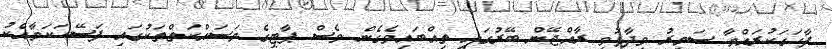
ފާހަގަކުރައްވާ ސަމީރު ވިދާޅުވީ ރާއްޖޭން ބޭރުގައި ތިއްބައިވެގެން ވެސް ޕާޓީގެ މަސައްކަތްތަކުގައި ފަސޭހަކަމާއެކު